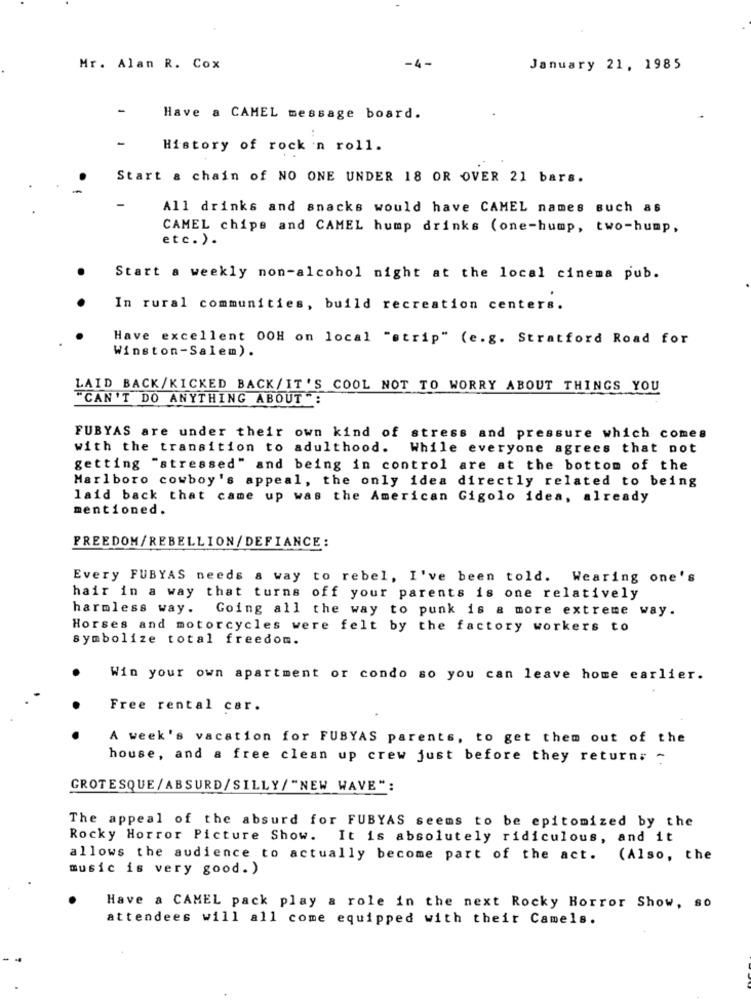
Mr. Alan R. Cox
-4 -
January 21, 1985
Have a CAMEL message board.
History of rock n roll.
Start & chain of NO ONE UNDER 18 OR OVER 21 bars.
All drinks and snacks would have CAMEL names such as
CAMEL chips and CAMEL hump drinks (one-hump, two-hump,
etc. ) .
Start a weekly non-alcohol night at the local cinema pub.
In rural communities, build recreation centers.
Have excellent O0H on local "strip" (e.g. Stratford Road for
Winston-Salem).
LAID BACK/KICKED BACK/IT'S COOL NOT TO WORRY ABOUT THINGS YOU
"CAN'T DO ANYTHING ABOUT ":
FUBYAS are under their own kind of stress and pressure which comes
with the transition to adulthood. While everyone agrees that not
getting "stressed" and being in control are at the bottom of the
Marlboro cowboy's appeal, the only idea directly related to being
laid back that came up was the American Gigolo idea, already
mentioned.
FREEDOM/REBELLION/ DEFIANCE:
Every FUBYAS needs & way to rebel, I've been told. Wearing one's
hair in a way that turns off your parents is one relatively
harmless way. Going all the way to punk is a more extreme way.
Horses and motorcycles were felt by the factory workers to
symbolize total freedom.
Win your own apartment or condo so you can leave home earlier.
Free rental car.
A week's vacation for FUBYAS parents, to get them out of the
house, and a free clean up crew just before they return; ~
GROTESQUE/ABSURD/SILLY/"NEW WAVE":
The appeal of the absurd for FUBYAS seems to be epitomized by the
Rocky Horror Picture Show. It is absolutely ridiculous, and it
allows the audience to actually become part of the act. (Also, the
music is very good.)
Have a CAMEL pack play a role in the next Rocky Horror Show, so
attendees will all come equipped with their Camels.